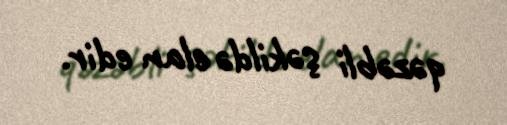
qəzəbli şəkildə elan edir.